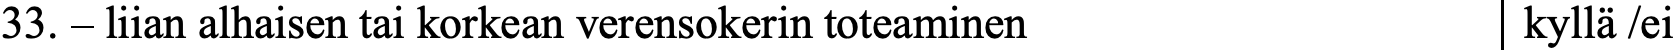
33. – liian alhaisen tai korkean verensokerin toteaminen kyllä /ei